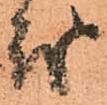
茂